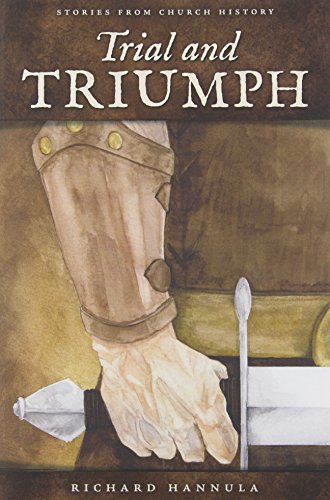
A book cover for Trial and Triumph: Stories from Church History; Richard M. Hannula; Children's Books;